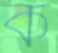
ক